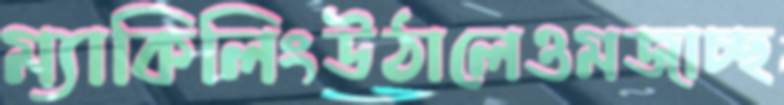
ম্যাকিলিংউঠালেওমজাচ্ছ